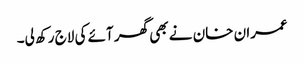
عمران خان نے بھی گھر آئے کی لاج رکھ لی۔